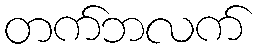
တက်ဘလက်